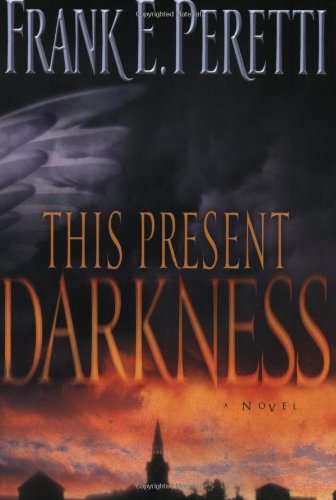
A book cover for This Present Darkness; Frank E. Peretti; Literature & Fiction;